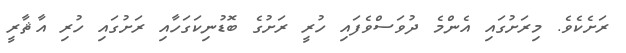
ރަށެކެވެ. މިރަށުގައި އެންމެ ދުވަސްވެފައި ހުރީ ރަށުގެ ބޮޑުނިކަގަހާއި ރަށުގައި ހުރި އާޘާރީ